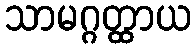
သာမဂ္ဂတ္ထာယ